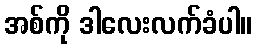
အစ်ကို ဒါလေးလက်ခံပါ။